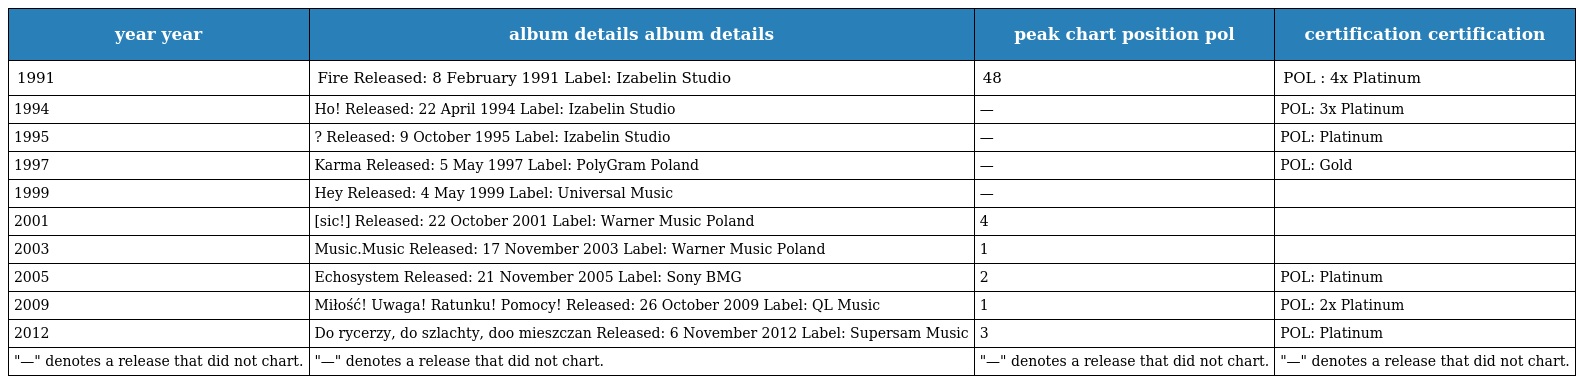
| year year | album details album details | peak chart position pol | certification certification |
 | --- | --- | --- | --- |
 | 1991 | Fire Released: 8 February 1991 Label: Izabelin Studio | 48 | POL : 4x Platinum |
 | 1994 | Ho! Released: 22 April 1994 Label: Izabelin Studio | — | POL: 3x Platinum |
 | 1995 | ? Released: 9 October 1995 Label: Izabelin Studio | — | POL: Platinum |
 | 1997 | Karma Released: 5 May 1997 Label: PolyGram Poland | — | POL: Gold |
 | 1999 | Hey Released: 4 May 1999 Label: Universal Music | — |  |
 | 2001 | [sic!] Released: 22 October 2001 Label: Warner Music Poland | 4 |  |
 | 2003 | Music.Music Released: 17 November 2003 Label: Warner Music Poland | 1 |  |
 | 2005 | Echosystem Released: 21 November 2005 Label: Sony BMG | 2 | POL: Platinum |
 | 2009 | Miłość! Uwaga! Ratunku! Pomocy! Released: 26 October 2009 Label: QL Music | 1 | POL: 2x Platinum |
 | 2012 | Do rycerzy, do szlachty, doo mieszczan Released: 6 November 2012 Label: Supersam Music | 3 | POL: Platinum |
 | "—" denotes a release that did not chart. | "—" denotes a release that did not chart. | "—" denotes a release that did not chart. | "—" denotes a release that did not chart. |